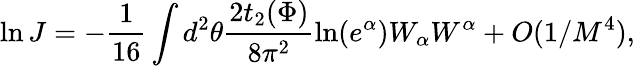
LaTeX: \ln J=-\frac{1}{16}\int d^{2}\theta\frac{2t_{2}(\Phi)}{8\pi^{2}}\mathrm{ln}(e^{\alpha})W_{\alpha}W^{\alpha}+O(1/M^{4}),